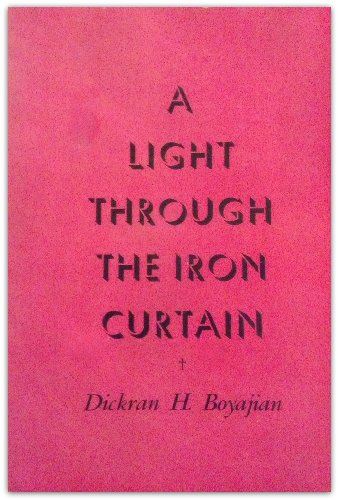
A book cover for A light through the Iron Curtain; Dickran H Boyajian; Travel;